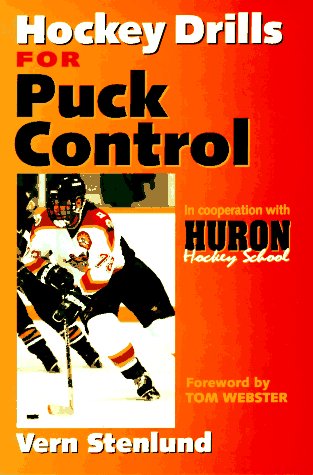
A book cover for Hockey Drills for Puck Control; Vern Stenlund; Sports & Outdoors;